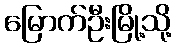
မြောက်ဦးမြို့သို့